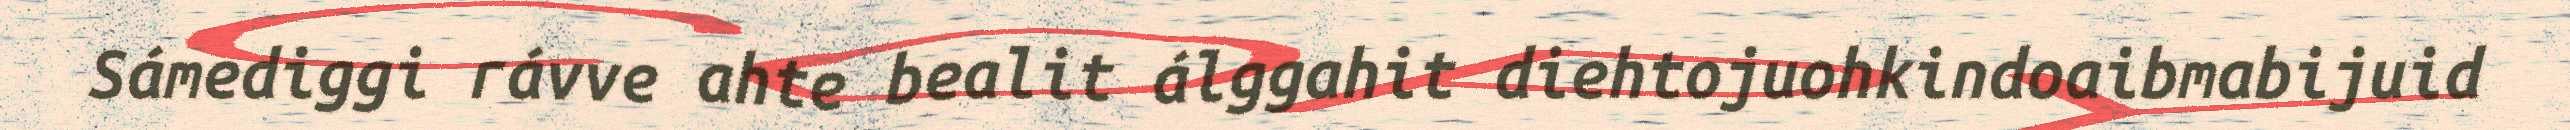
Sámediggi rávve ahte bealit álggahit diehtojuohkindoaibmabijuid